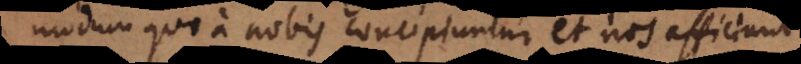
modum quo a nobis concipiuntur et nos afficiunt